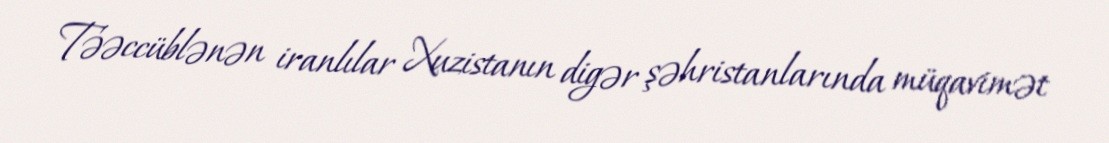
Təəccüblənən iranlılar Xuzistanın digər şəhristanlarında müqavimət